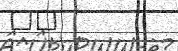
٥٣